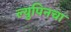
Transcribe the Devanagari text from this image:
ल्युपिनचा